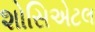
શોસિએટલ